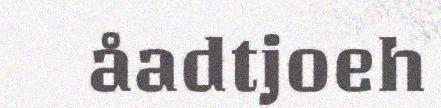
åadtjoeh